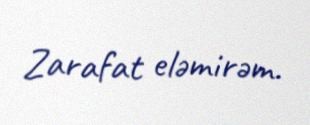
Zarafat eləmirəm.